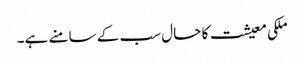
ملکی معیشت کا حال سب کے سامنے ہے۔